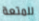
للمتعة